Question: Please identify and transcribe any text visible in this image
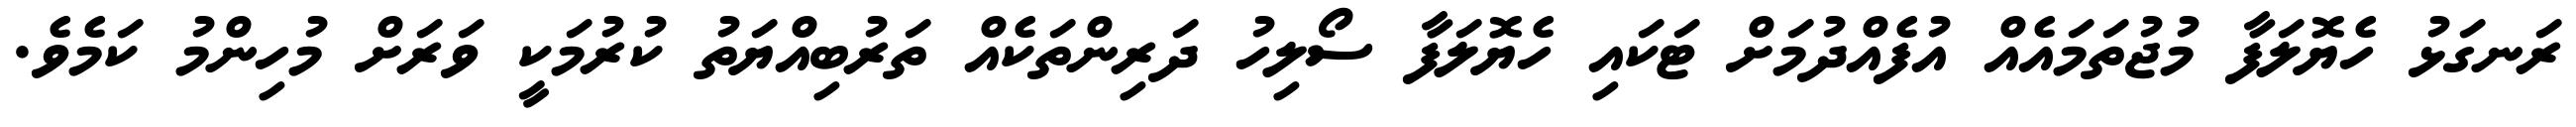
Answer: ރަނގަޅު ހެޔޮލަފާ މުޖުތަމައެއް އުފެއްދުމަށް ޓަކައި ހެޔޮލަފާ ސޯލިހު ދަރިންތަކެއް ތަރުބިއްޔަތު ކުރުމަކީ ވަރަށް މުހިންމު ކަމެވެ.